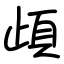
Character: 頉